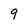
Character: 9